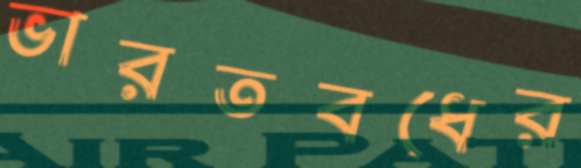
ভারতবধের